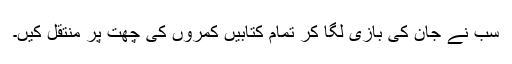
سب نے جان کی بازی لگا کر تمام کتابیں کمروں کی چھت پر منتقل کیں۔